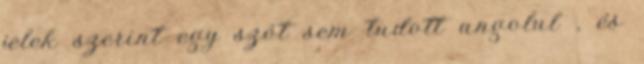
jelek szerint egy szót sem tudott angolul , és